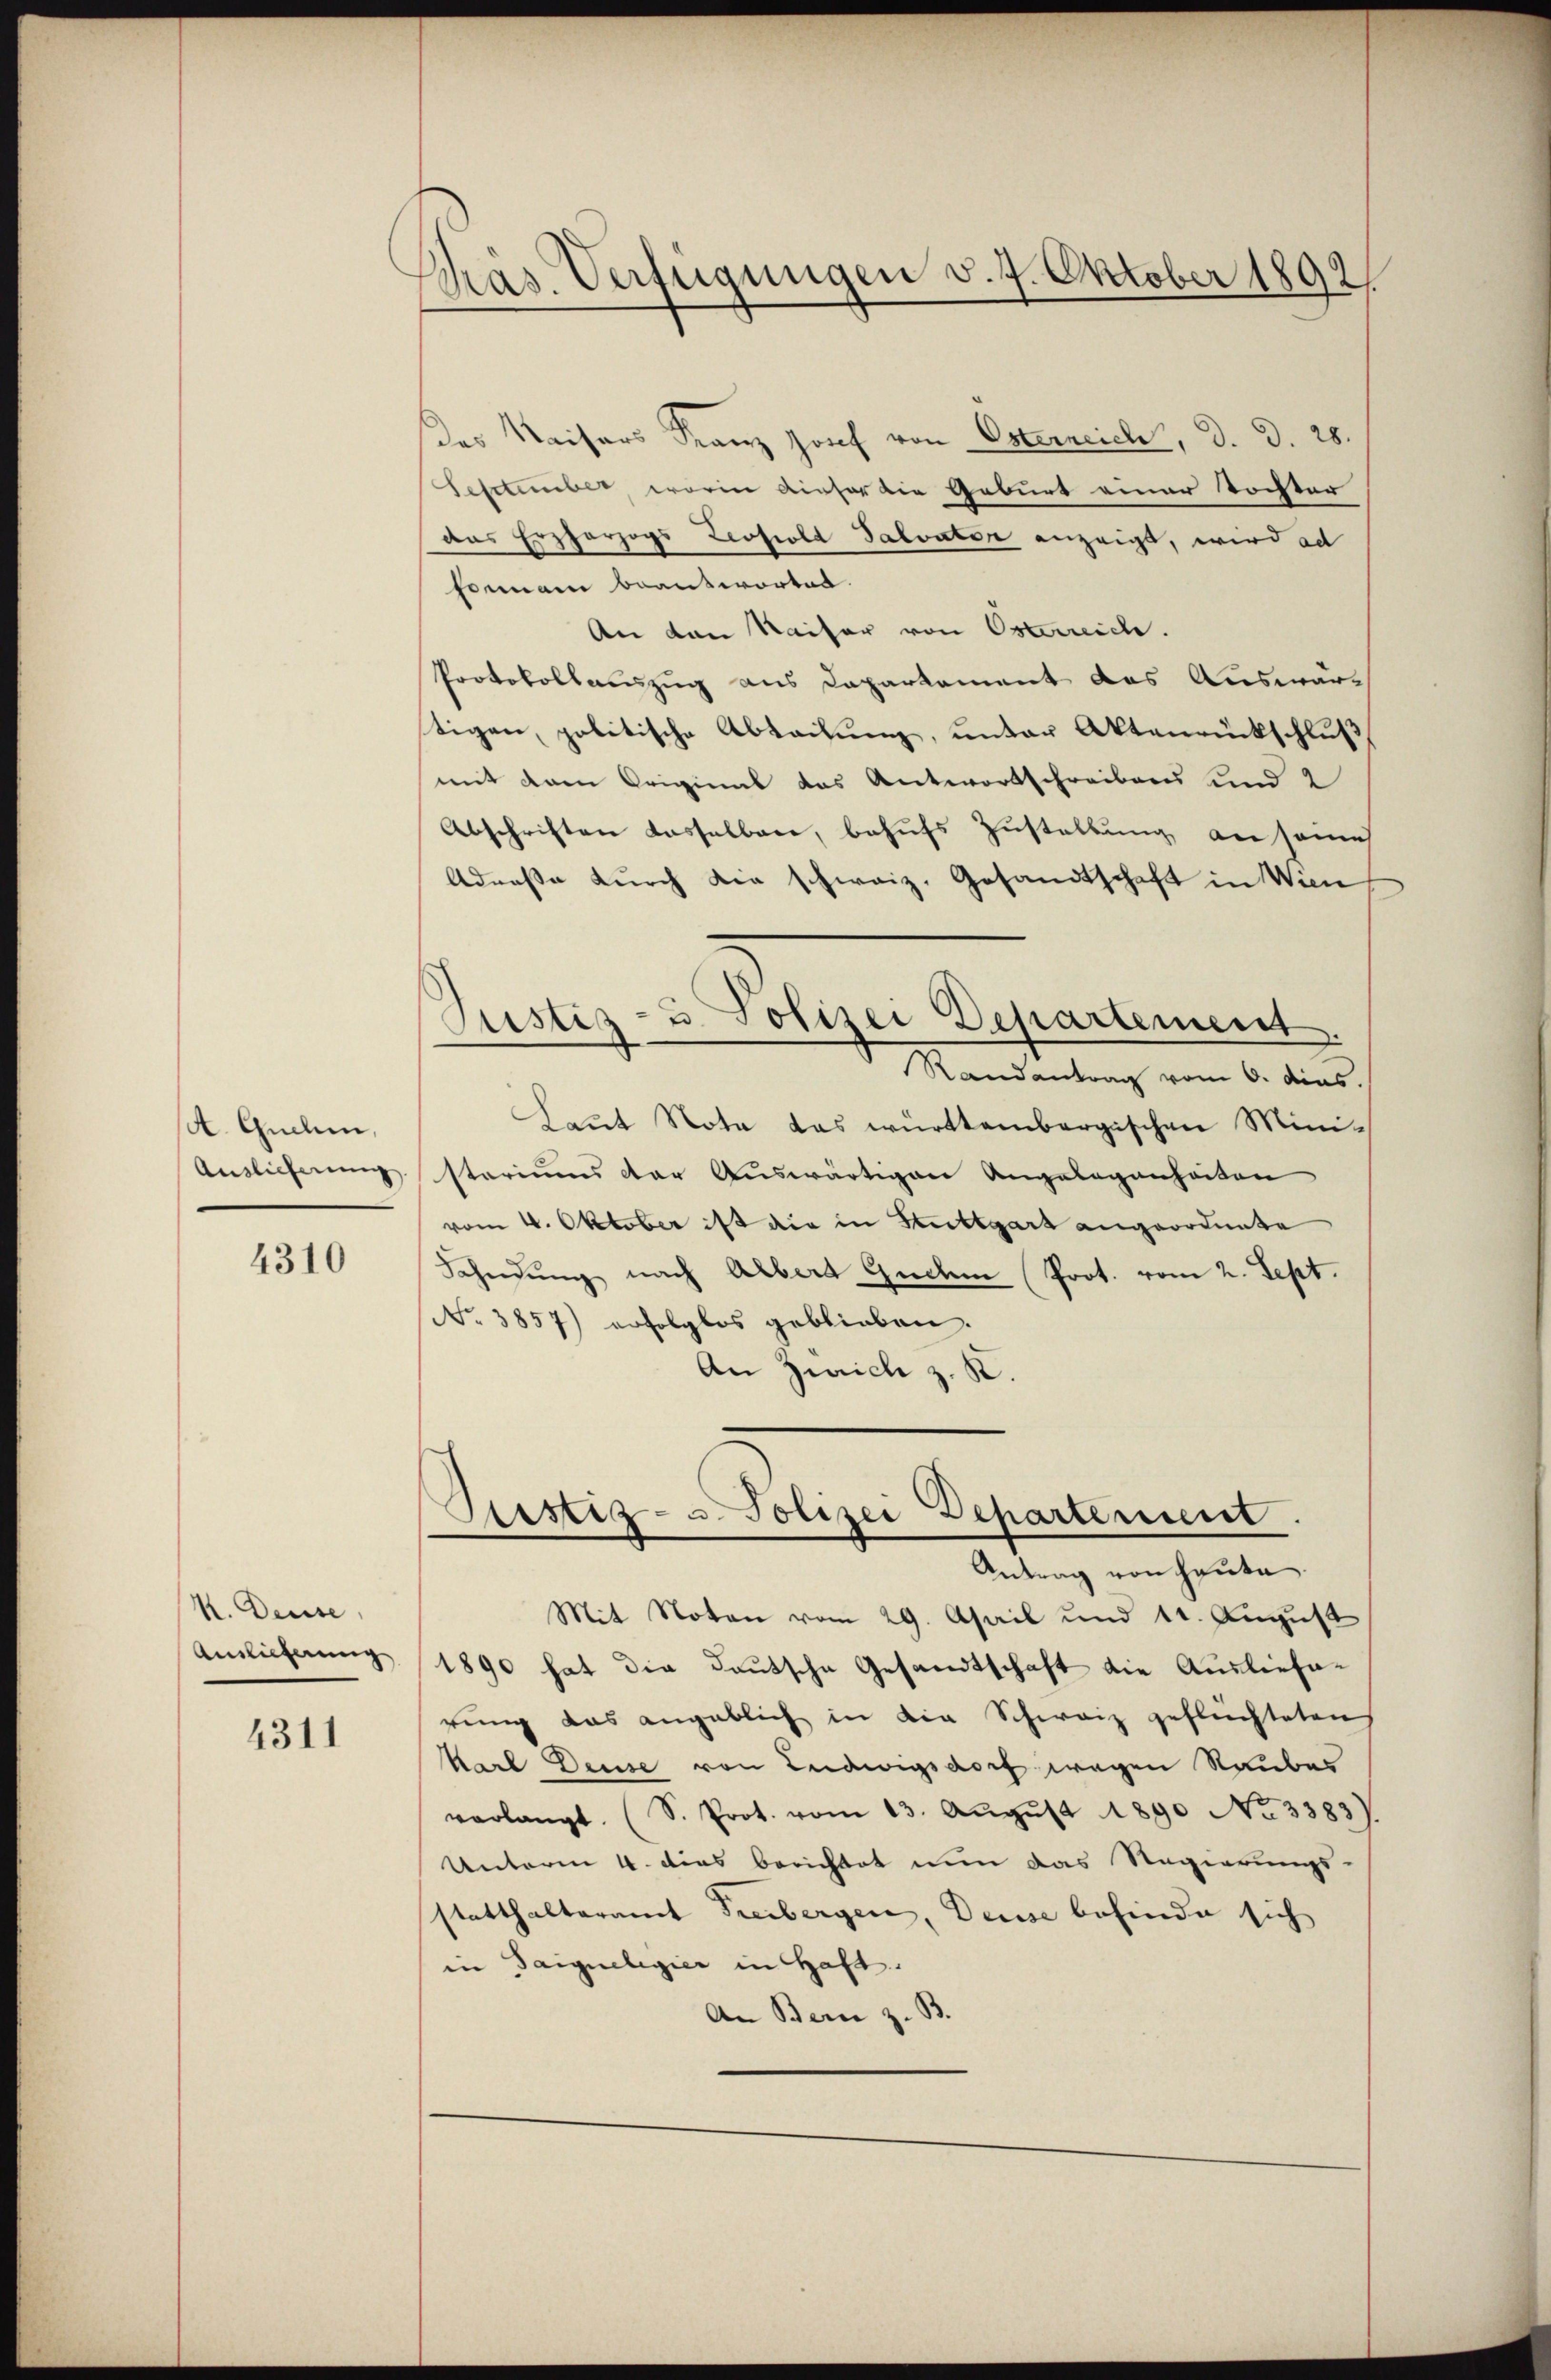
(A. Guchi,
Auslieferung

4310

K. Deuse,
Ainlicherung

4311

Gras Verfügungen v. 7. Oktober 1892.

des Kaisers Franz Josef von Osterreich, d. d. 28.
Sesctember, worin dieser die Geburt einer Tochter
das Erzherzogs Leopold Salvator anzeigt, wird ad
formani beantwortet.
An den Kaiser von Osterreich.
Protokollauszug aus Daparkament das Auswartigen, politische Abtaŭŭng, unter Aktenrückschluß
mit dem Original das Antwortschreibens und 2
Abschriften Kasselbare, behufs Zustellung an seines
Adresse dŭrch die schweiz. Gesandtschaft in Wien
Justiz- u. Polizei Departement.
Randantrag vom 6. dies
Laut Nota das württembergischen Mini-
stariums der Auswärtigen Angelegenheiten
vom 4. Oktober ist die in Stuttgart angeordnete
Fahndŭng nach Albert Gudem Prot. vom 2. Sept.
No 3857) erfolglos geblieben.
An Zürich z. R.

Justiz- u. Polizei Departement.

Antrag von heute
Mit Noten vom 29. April und 11. August
1890 hat die Deutsche Gesandtschaft die Auslieferung das angeblich in die Schweiz geflüchteten
Karl Deuse von Ludwigsdoch wegen Raubes
verlangt. (S. Prot. vom 13. Aŭgŭst 1890 No 3383).
Unterm 4. dies berichtet nun das Regierungs-
statthalteramt Freibergen, Deuse befinde sich
in Saigueligier in Haft.
An Bern z. B.